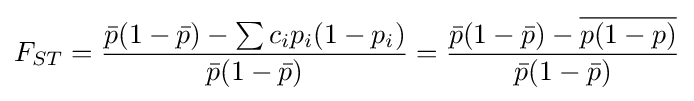
F_{ST}={\frac {{\bar {p}}(1-{\bar {p}})-\sum c_{i}p_{i}(1-p_{i})}{{\bar {p}}(1-{\bar {p}})}}={\frac {{\bar {p}}(1-{\bar {p}})-{\overline {p(1-p)}}}{{\bar {p}}(1-{\bar {p}})}}